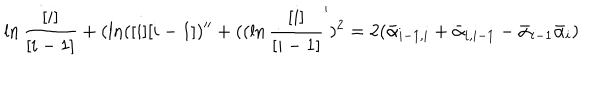
LaTeX: \dot { \ln { \frac { [ i ] } { [ i - 1 ] } } } + ( \ln ( [ i ] [ i - 1 ] ) ^ { \prime \prime } + ( ( \ln { \frac { [ i ] } { [ i - 1 ] } } ^ { \prime } ) ^ { 2 } = 2 ( \bar { \alpha } _ { i - 1 , i } + \bar { \alpha } _ { i , i - 1 } - \bar { \alpha } _ { i - 1 } \bar { \alpha } _ { i } )